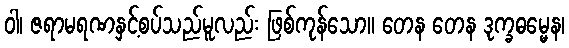
ဝါ၊ ဇရာမရဏနှင့်စပ်သည်မူလည်း ဖြစ်ကုန်သော။ တေန တေန ဒုက္ခဓမ္မေန၊